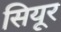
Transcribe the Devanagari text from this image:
सियूर